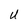
Character: U